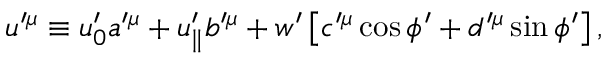
u ^ { \prime \mu } \equiv u _ { 0 } ^ { \prime } a ^ { \prime \mu } + u _ { \parallel } ^ { \prime } b ^ { \prime \mu } + w ^ { \prime } \left[ c ^ { \prime \mu } \cos \phi ^ { \prime } + d ^ { \prime \mu } \sin \phi ^ { \prime } \right] ,